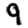
Digit: 9